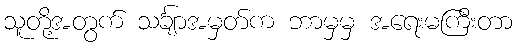
သူတို့အတွက် သင်္ချာအမှတ်က ဘာမှမှ အရေးမကြီးတာ